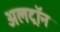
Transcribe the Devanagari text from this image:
अलट्राॅन